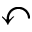
\curvearrowleft